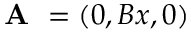
\textbf { A } = ( 0 , B x , 0 )